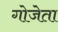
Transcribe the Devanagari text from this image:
गोजेता